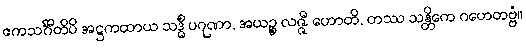
ဧကသင်္ဂီတိပိ အဋ္ဌကထာယ သဒ္ဓိံ ပဂုဏာ, အယဉ္စ လဇ္ဇီ ဟောတိ, တဿ သန္တိကေ ဂဟေတဗ္ဗံ။